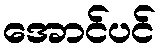
အောင်ပင်